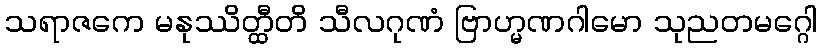
သရာဇကေ မနုဿိတ္ထီတိ သီလဂုဏံ ဗြာဟ္မဏဂါမော သုညတမဂ္ဂေါ